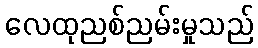
လေထုညစ်ညမ်းမှုသည်